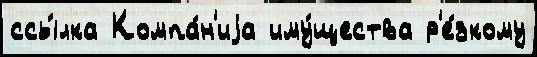
ссы́лка Компа́н'иjа иму́щества р'е́зкому